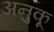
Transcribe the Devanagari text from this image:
अनुकू